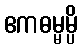
ဧကဓမ္မမ္ပိ